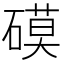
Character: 𥕓